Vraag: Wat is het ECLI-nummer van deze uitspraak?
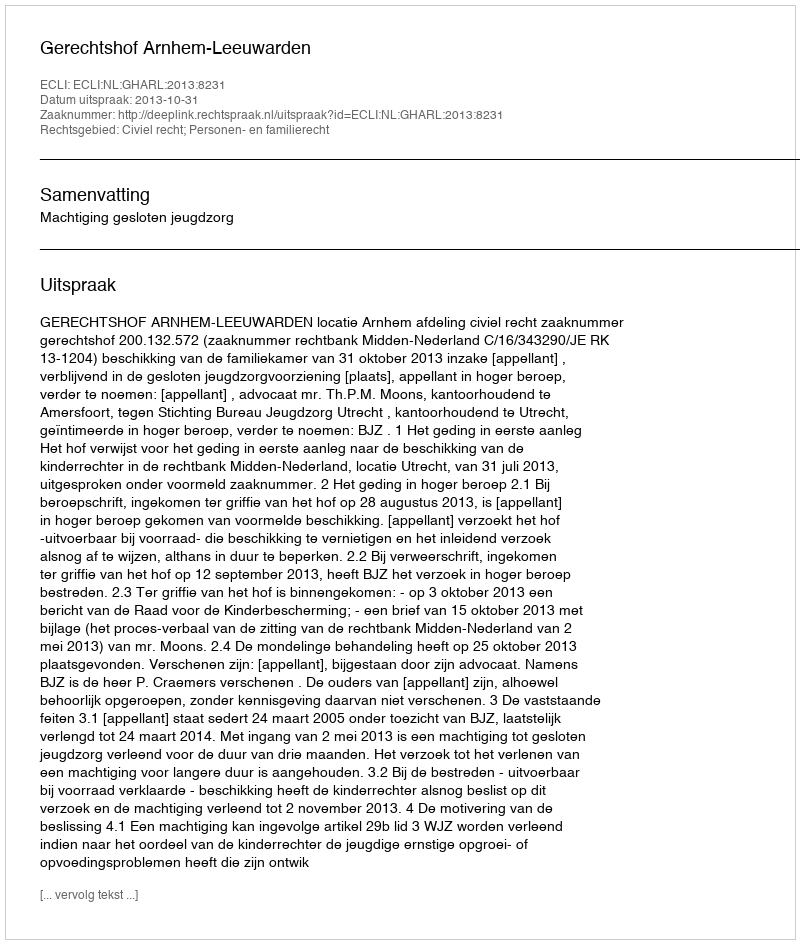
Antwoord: ECLI:NL:GHARL:2013:8231